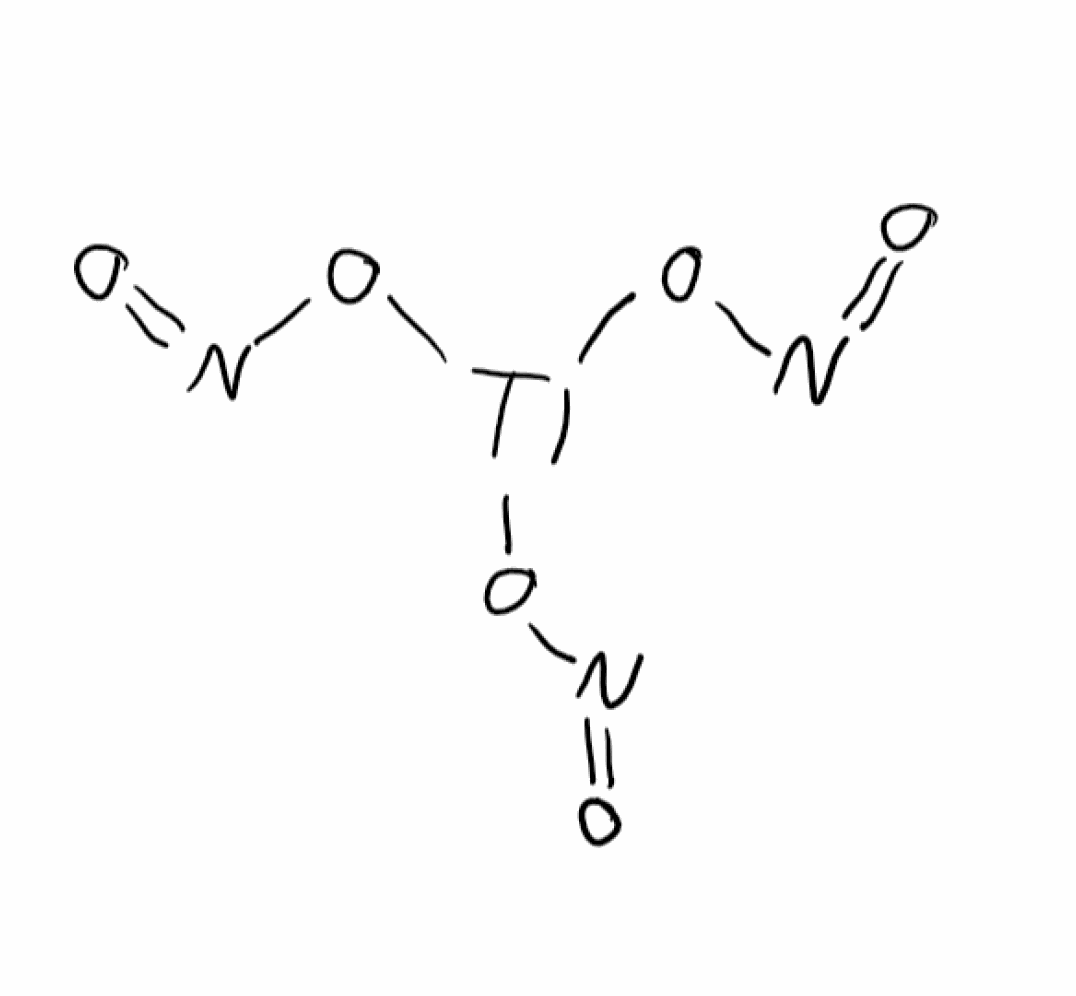
Simplified molecular-input line-entry system (SMILES) notation of the given molecule:
N(=O)O[Tl](ON=O)ON=O